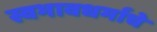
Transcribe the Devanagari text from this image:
स्वभावधर्माचे